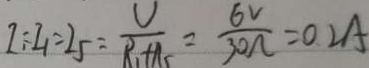
I = I _ { 1 } = 2 5 = \frac { U } { R _ { 1 } + R _ { 5 } } = \frac { 6 V } { 3 0 \Omega } = 0 . 2 A